Civil Veterinary Department Bihar & Orissa reports 1929-36 - 1929-1936
Year: 1929
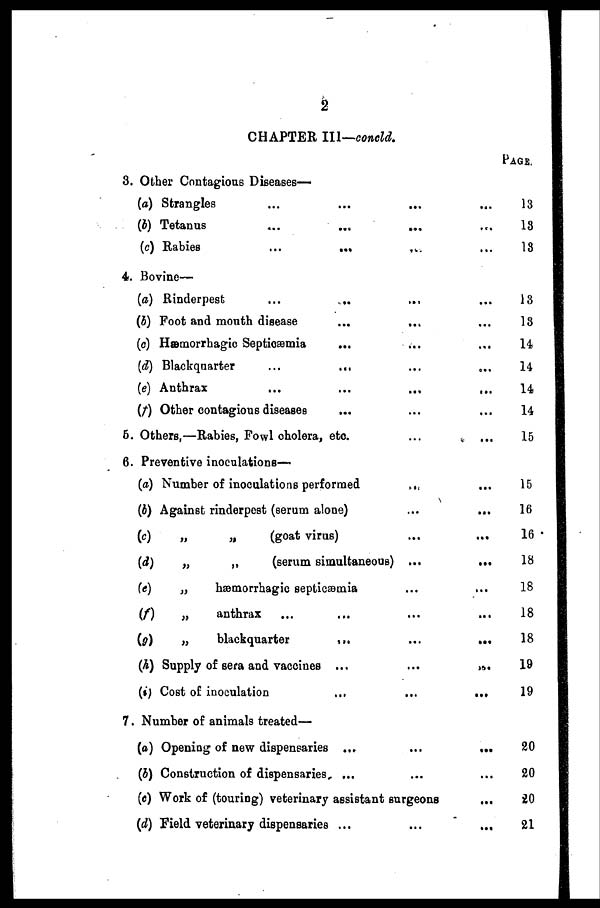
CHAPTER III—concld.
3. Other Contagious Diseases—
(a) Strangles ... ... ... ...
(b) Tetanus
...
...
...
...
(c) Rabies
...
...
...
...
4. Bovine—
(a) Rinderpest
... ... ... ...
(b) Foot and mouth disease ... ... ...
(c) Hæmorrhagic Septicæmia
...
...
...
(d) Blackquarter ... ... ... ...
(e) Anthrax
...
...
...
...
(f) Other contagious diseases ... ... ...
5. Others,—Rabies, Fowl cholera, etc. ... ...
6. Preventive inoculations—
(a) Number of inoculations performed ... ...
(b) Against rinderpest (serum alone) ... ...
(c)
„
„
(goat virus) ... ...
(d)
„
„
(serum simultaneous) ...
...
(e)
„
hæmorrhagic septicæmia ... ...
(f)
„
anthrax ... ... ...
(g)
„
blackquarter
...
...
...
(h) Supply of sera and vaccines ...
...
...
(i) Cost of inoculation
...
...
...
7. Number of animals treated—
(a) Opening of new dispensaries ...
...
...
(b) Construction of dispensaries ... ...
(c) Work of (touring) veterinary assistant surgeons
...
(d) Field veterinary dispensaries ...
...
...
PAGE.
13
13
13
13
13
14
14
14
14
15
15
16
16
18
18
18
18
19
19
20
20
20
21